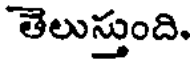
తెలుస్తుంది.